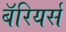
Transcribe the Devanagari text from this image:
बॅरियर्स